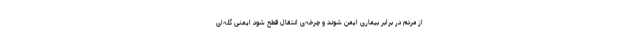
از مردم در برابر بیماری ایمن شوند و چرخه‌ی انتقال قطع شود ایمنی گله‌ای